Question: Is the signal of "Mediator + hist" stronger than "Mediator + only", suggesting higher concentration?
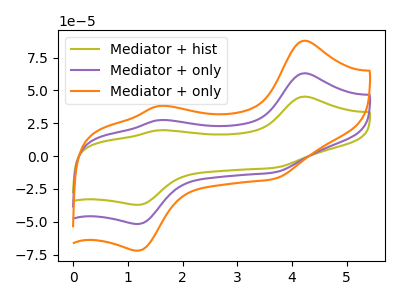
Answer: <think>The olive curve "Mediator + hist" has anodic peaks at (4.20V, 45.30uA) (1.55V, 19.65uA) and cathodic peaks at (3.65V, -8.95uA) (1.15V, -37.20uA). The purple curve "Mediator + only" has anodic peaks at (4.20V, 63.05uA) (1.55V, 27.35uA) and cathodic peaks at (3.65V, -12.50uA) (1.15V, -51.80uA). The orange curve "Mediator + only" has anodic peaks at (4.20V, 126.15uA) (1.55V, 54.75uA) and cathodic peaks at (3.65V, -24.95uA) (1.15V, -103.60uA).
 All the peaks in "Mediator + hist" have a peak in "Mediator + only" at the same potential. Every peak in "Mediator + hist" is lower than every peak in "Mediator + only".</think>
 <answer>"Mediator + hist" has less signal than "Mediator + only" and so likely has a lower concentration.</answer>
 <eval>less_concentration</eval>